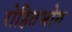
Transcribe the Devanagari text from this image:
रोहितभोग